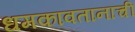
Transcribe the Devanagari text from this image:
धमकावतानाची